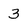
Character: 3